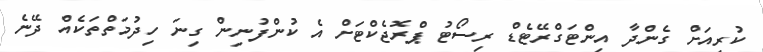
ކުރިއަށް ގެންދާ އިންޓަގްރޭޓެޑް ރިސޯޓު ޕްރޮޖެކްޓަށް އެ ކުންފުނިން ގިނަ ހިދުމަތްތަކެއް ދޭނެ